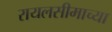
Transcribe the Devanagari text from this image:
रायलसीमाच्या